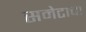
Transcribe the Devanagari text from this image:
समेटाचा